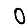
Digit: 0